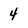
Character: 4